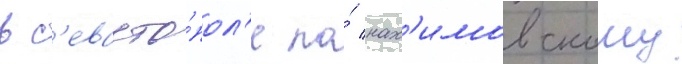
в с'евасто́пол'е по́ нах'имовскому